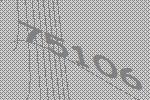
75106